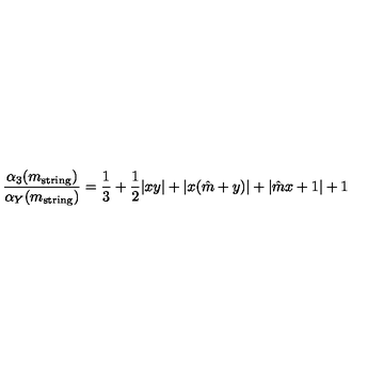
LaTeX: \frac { \alpha _ { 3 } ( m _ { \mathrm { s t r i n g } } ) } { \alpha _ { Y } ( m _ { \mathrm { s t r i n g } } ) } = \frac { 1 } { 3 } + \frac { 1 } { 2 } | x y | + | x ( \hat { m } + y ) | + | \hat { m } x + 1 | + 1